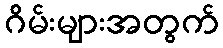
ဂိမ်းများအတွက်